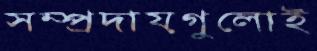
সম্প্রদায়গুলোই